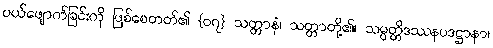
ပယ်ဖျောက်ခြင်းကို ဖြစ်စေတတ်၏ {၀၇} သတ္တာနံ၊ သတ္တာတို့၏။ သမ္ပတ္တိဒဿနပဒဋ္ဌာနာ၊